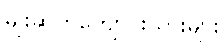
မျိုးဆက်ကျောင်းသားများ